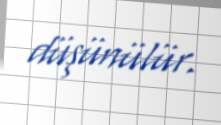
düşünülür.